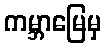
ကမ္ဘာမြေမှ